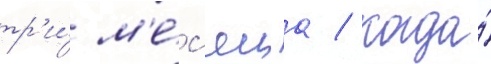
тр'и́ м'е́с'яца / когда́